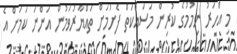
މި އަހަރު ނިމުމުގެ ކުރިން މަސައްކަތް ފެށުމަށް ތައްޔާރުވަމުން އަންނަ ކަމަށް އެ